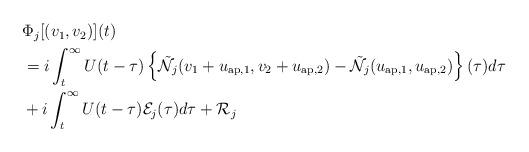
LaTeX: \begin{align*}\begin{aligned}&\Phi_{j}[(v_{1},v_{2})](t)\\&= i\int_{t}^{\infty}U(t-\tau)\left\{\tilde{{\mathcal N}}_{j}(v_{1}+u_{\mathrm{ap},1},v_{2}+u_{\mathrm{ap},2})-{\tilde{\mathcal N}}_{j}(u_{\mathrm{ap},1},u_{\mathrm{ap},2})\right\}(\tau)d\tau\\&+i\int_{t}^{\infty}U(t-\tau)\mathcal{E}_{j}(\tau)d\tau + \mathcal{R}_j\end{aligned}\end{align*}